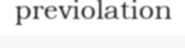
previolation